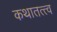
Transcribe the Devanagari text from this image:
कथातत्त्व